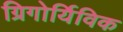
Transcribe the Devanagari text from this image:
ग्रिगोर्यिविक